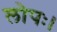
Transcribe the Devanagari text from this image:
लोपः।